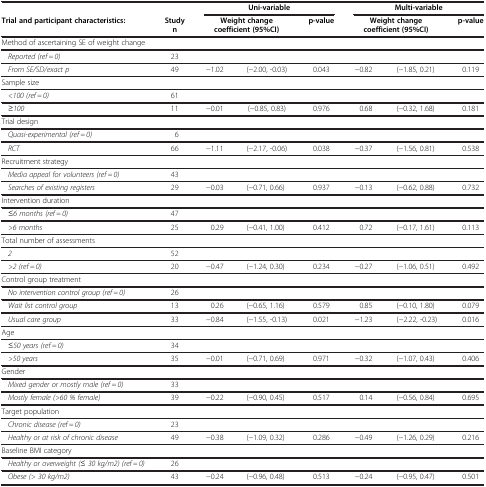
<table><thead><tr><td><b> </b></td><td><b> </b></td><td colspan="3"><b>Uni-variable</b></td><td colspan="3"><b>Multi-variable</b></td></tr><tr><td><b>Trial and participant characteristics:</b></td><td><b>Study n</b></td><td colspan="2"><b>Weight change coefficient (95%CI)</b></td><td><b>p-value</b></td><td colspan="2"><b>Weight change coefficient (95%CI)</b></td><td><b>p-value</b></td></tr></thead><tbody><tr><td>Method of ascertaining SE of weight change</td><td> </td><td> </td><td> </td><td> </td><td> </td><td> </td><td> </td></tr><tr><td> <i> Reported (ref = 0)</i></td><td>23</td><td> </td><td> </td><td> </td><td> </td><td> </td><td> </td></tr><tr><td> <i> From SE/SD/exact p</i></td><td>49</td><td>−1.02</td><td>(−2.00, -0.03)</td><td>0.043</td><td>−0.82</td><td>(−1.85, 0.21)</td><td>0.119</td></tr><tr><td>Sample size</td><td> </td><td> </td><td> </td><td> </td><td> </td><td> </td><td> </td></tr><tr><td> <i> &lt;100 (ref = 0)</i></td><td>61</td><td> </td><td> </td><td> </td><td> </td><td> </td><td> </td></tr><tr><td> <i> ≥100</i></td><td>11</td><td>−0.01</td><td>(−0.85, 0.83)</td><td>0.976</td><td>0.68</td><td>(−0.32, 1.68)</td><td>0.181</td></tr><tr><td>Trial design</td><td> </td><td> </td><td> </td><td> </td><td> </td><td> </td><td> </td></tr><tr><td> <i> Quasi-experimental (ref = 0)</i></td><td>6</td><td> </td><td> </td><td> </td><td> </td><td> </td><td> </td></tr><tr><td> <i> RCT</i></td><td>66</td><td>−1.11</td><td>(−2.17, -0.06)</td><td>0.038</td><td>−0.37</td><td>(−1.56, 0.81)</td><td>0.538</td></tr><tr><td>Recruitment strategy</td><td> </td><td> </td><td> </td><td> </td><td> </td><td> </td><td> </td></tr><tr><td> <i> Media appeal for volunteers (ref = 0)</i></td><td>43</td><td> </td><td> </td><td> </td><td> </td><td> </td><td> </td></tr><tr><td> <i> Searches of existing registers</i></td><td>29</td><td>−0.03</td><td>(−0.71, 0.66)</td><td>0.937</td><td>−0.13</td><td>(−0.62, 0.88)</td><td>0.732</td></tr><tr><td>Intervention duration</td><td> </td><td> </td><td> </td><td> </td><td> </td><td> </td><td> </td></tr><tr><td> <i> ≤6 months (ref = 0)</i></td><td>47</td><td> </td><td> </td><td> </td><td> </td><td> </td><td> </td></tr><tr><td> <i> &gt;6 months</i></td><td>25</td><td>0.29</td><td>(−0.41, 1.00)</td><td>0.412</td><td>0.72</td><td>(−0.17, 1.61)</td><td>0.113</td></tr><tr><td>Total number of assessments</td><td> </td><td> </td><td> </td><td> </td><td> </td><td> </td><td> </td></tr><tr><td> <i> 2</i></td><td>52</td><td> </td><td> </td><td> </td><td> </td><td> </td><td> </td></tr><tr><td> <i> &gt;2 (ref = 0)</i></td><td>20</td><td>−0.47</td><td>(−1.24, 0.30)</td><td>0.234</td><td>−0.27</td><td>(−1.06, 0.51)</td><td>0.492</td></tr><tr><td>Control group treatment</td><td> </td><td> </td><td> </td><td> </td><td> </td><td> </td><td> </td></tr><tr><td> <i> No intervention control group (ref = 0)</i></td><td>26</td><td> </td><td> </td><td> </td><td> </td><td> </td><td> </td></tr><tr><td> <i> Wait list control group</i></td><td>13</td><td>0.26</td><td>(−0.65, 1.16)</td><td>0.579</td><td>0.85</td><td>(−0.10, 1.80)</td><td>0.079</td></tr><tr><td> <i> Usual care group</i></td><td>33</td><td>−0.84</td><td>(−1.55, -0.13)</td><td>0.021</td><td>−1.23</td><td>(−2.22, -0.23)</td><td>0.016</td></tr><tr><td>Age</td><td> </td><td> </td><td> </td><td> </td><td> </td><td> </td><td> </td></tr><tr><td> <i> ≤50 years (ref = 0)</i></td><td>34</td><td> </td><td> </td><td> </td><td> </td><td> </td><td> </td></tr><tr><td> <i> &gt;50 years</i></td><td>35</td><td>−0.01</td><td>(−0.71, 0.69)</td><td>0.971</td><td>−0.32</td><td>(−1.07, 0.43)</td><td>0.406</td></tr><tr><td>Gender</td><td> </td><td> </td><td> </td><td> </td><td> </td><td> </td><td> </td></tr><tr><td> <i> Mixed gender or mostly male (ref = 0)</i></td><td>33</td><td> </td><td> </td><td> </td><td> </td><td> </td><td> </td></tr><tr><td> <i> Mostly female (&gt;60 % female)</i></td><td>39</td><td>−0.22</td><td>(−0.90, 0.45)</td><td>0.517</td><td>0.14</td><td>(−0.56, 0.84)</td><td>0.695</td></tr><tr><td>Target population</td><td> </td><td> </td><td> </td><td> </td><td> </td><td> </td><td> </td></tr><tr><td> <i> Chronic disease (ref = 0)</i></td><td>23</td><td> </td><td> </td><td> </td><td> </td><td> </td><td> </td></tr><tr><td> <i> Healthy or at risk of chronic disease</i></td><td>49</td><td>−0.38</td><td>(−1.09, 0.32)</td><td>0.286</td><td>−0.49</td><td>(−1.26, 0.29)</td><td>0.216</td></tr><tr><td>Baseline BMI category</td><td> </td><td> </td><td> </td><td> </td><td> </td><td> </td><td> </td></tr><tr><td> <i> Healthy or overweight (≤ 30 kg/m2) (ref = 0)</i></td><td>26</td><td> </td><td> </td><td> </td><td> </td><td> </td><td> </td></tr><tr><td> <i> Obese (&gt; 30 kg/m2)</i></td><td>43</td><td>−0.24</td><td>(−0.96, 0.48)</td><td>0.513</td><td>−0.24</td><td>(−0.95, 0.47)</td><td>0.501</td></tr></tbody></table>